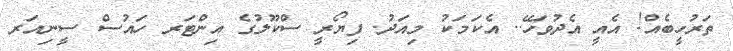
ތަރުހީބެއް! އެއީ އެދުވަހޭ.. އެކަމަކު މިއަދު. ފިޔޯރީ ސްކޫލުގެ އިންޓަރ ހައުސް ސީނިއަރ